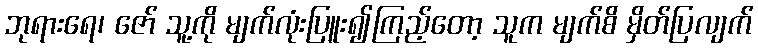
ဘုရားရေ၊ ဇော် သူ့ကို မျက်လုံးပြူး၍ကြည့်တော့ သူက မျက်စိ မှိတ်ပြလျက်